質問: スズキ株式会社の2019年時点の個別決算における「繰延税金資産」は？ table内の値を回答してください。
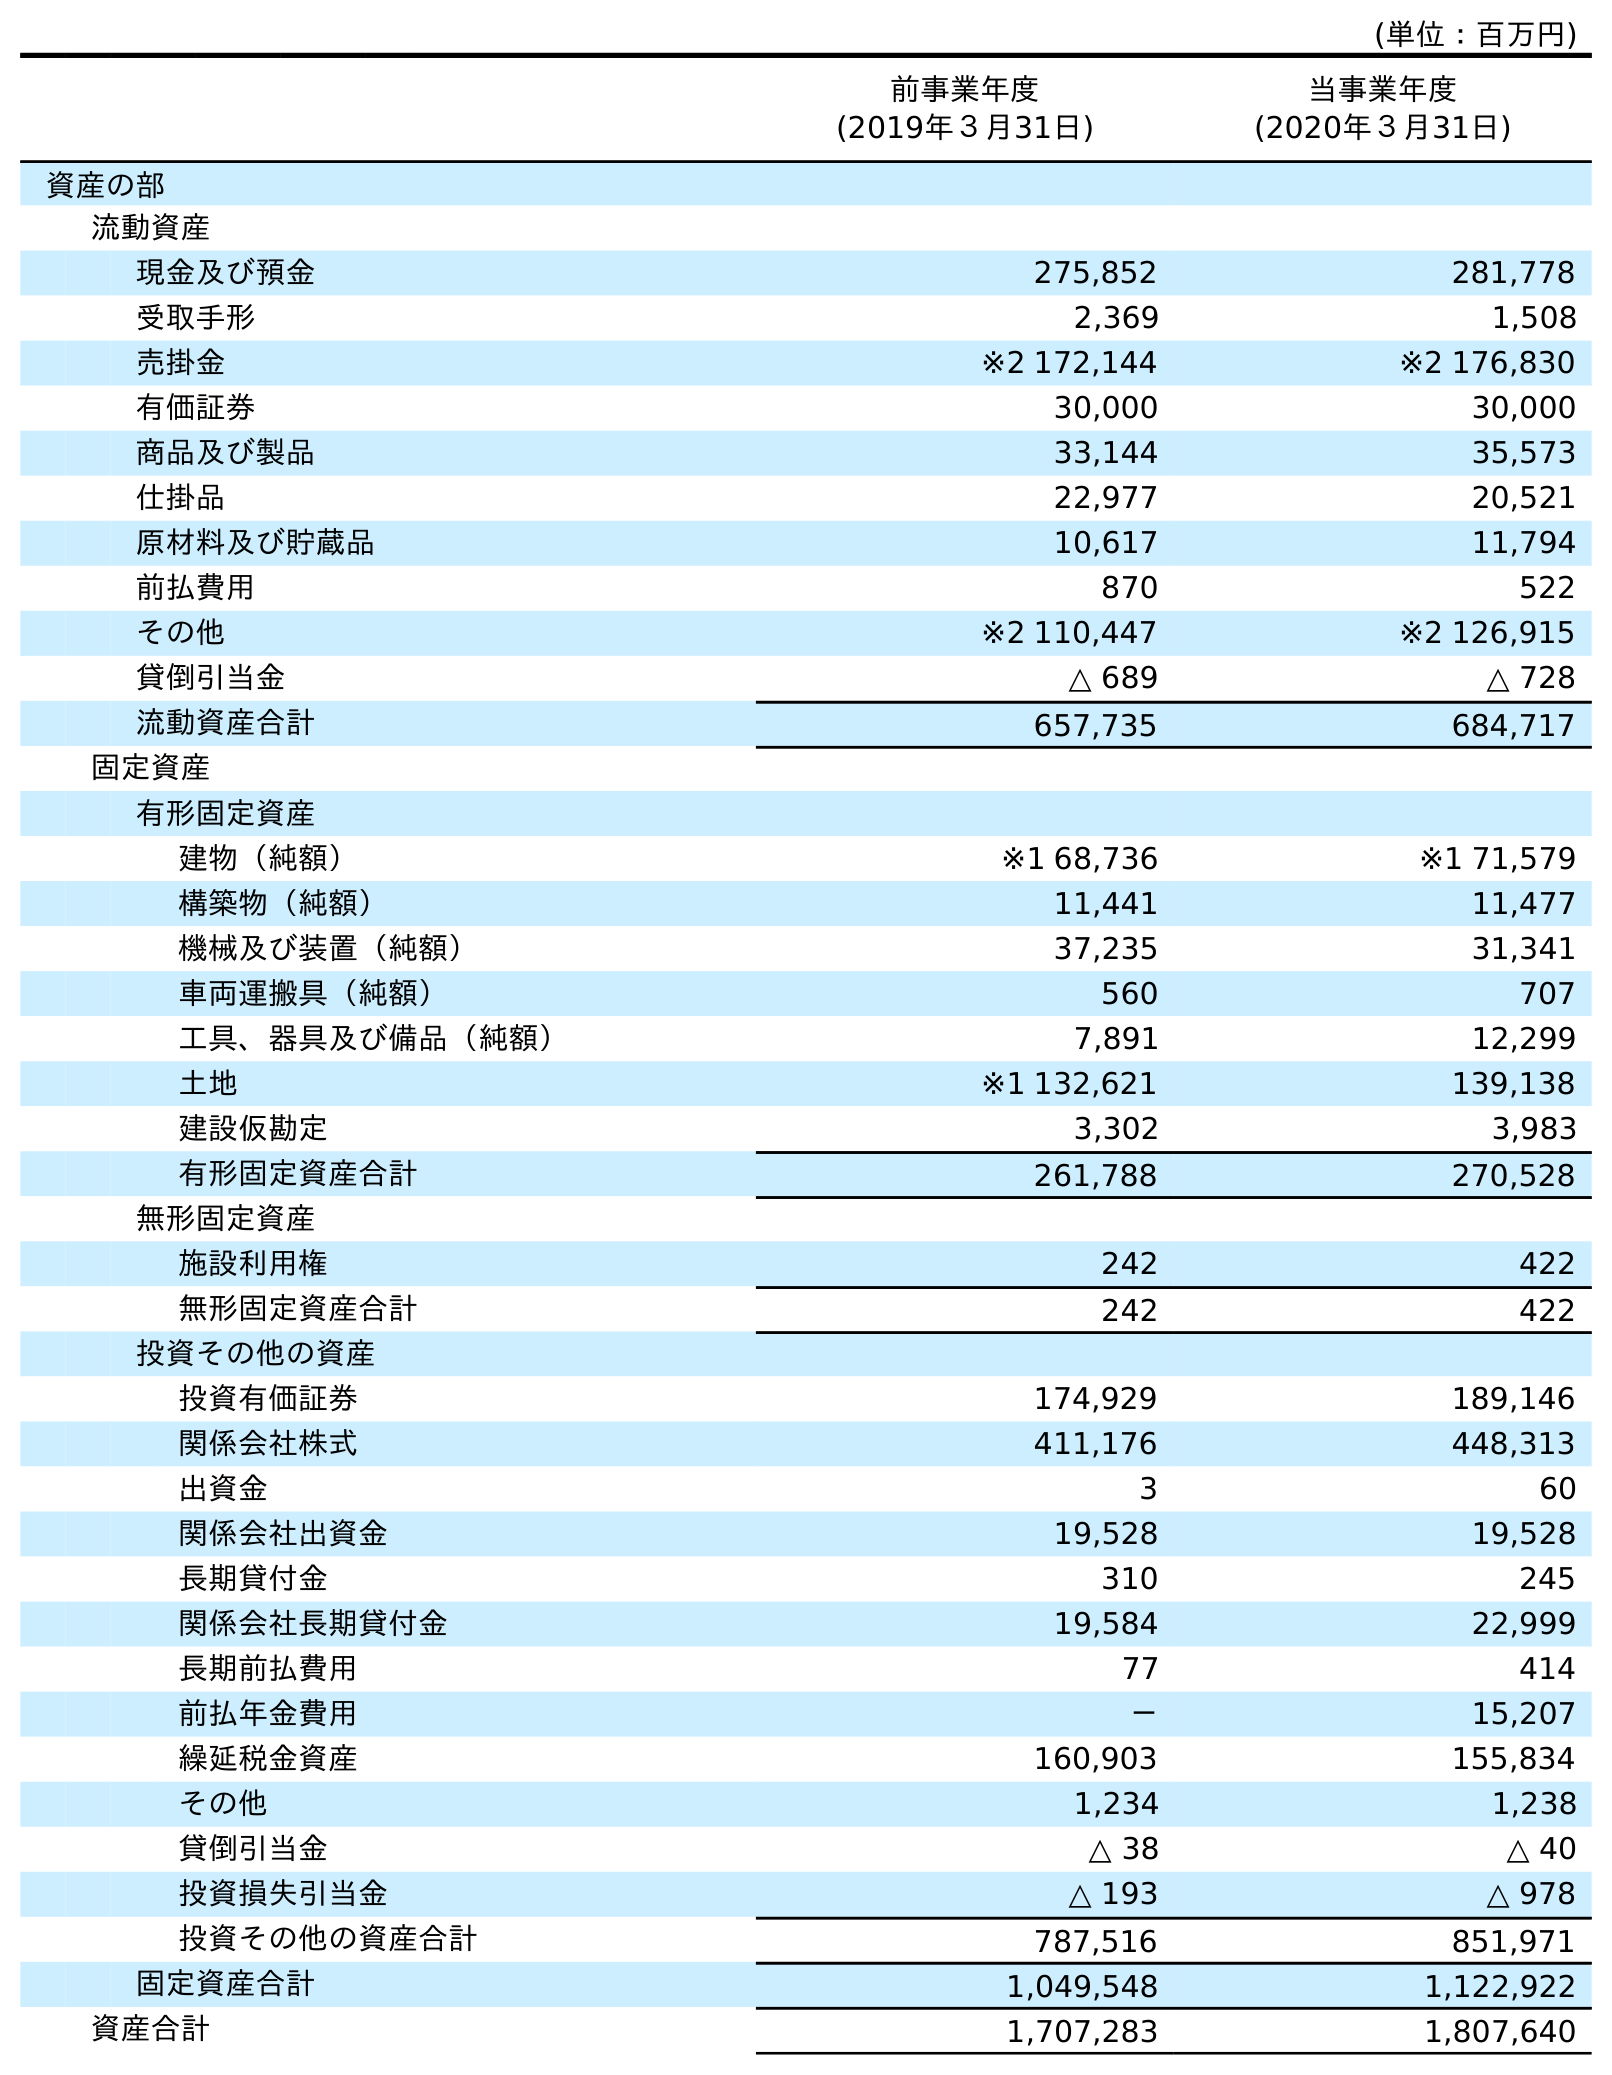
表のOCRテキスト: (単位：百万円) 前事業年度 (2019年３月31日) 当事業年度 (2020年３月31日) 資産の部 流動資産 現金及び預金 275,852 281,778 受取手形 2,369 1,508 売掛金 ※2 172,144 ※2 176,830 有価証券 30,000 30,000 商品及び製品 33,144 35,573 仕掛品 22,977 20,521 原材料及び貯蔵品 10,617 11,794 前払費用 870 522 その他 ※2 110,447 ※2 126,915 貸倒引当金 △ 689 △ 728 流動資産合計 657,735 684,717 固定資産 有形固定資産 建物（純額） ※1 68,736 ※1 71,579 構築物（純額） 11,441 11,477 機械及び装置（純額） 37,235 31,341 車両運搬具（純額） 560 707 工具、器具及び備品（純額） 7,891 12,299 土地 ※1 132,621 139,138 建設仮勘定 3,302 3,983 有形固定資産合計 261,788 270,528 無形固定資産 施設利用権 242 422 無形固定資産合計 242 422 投資その他の資産 投資有価証券 174,929 189,146 関係会社株式 411,176 448,313 出資金 3 60 関係会社出資金 19,528 19,528 長期貸付金 310 245 関係会社長期貸付金 19,584 22,999 長期前払費用 77 414 前払年金費用 － 15,207 繰延税金資産 160,903 155,834 その他 1,234 1,238 貸倒引当金 △ 38 △ 40 投資損失引当金 △ 193 △ 978 投資その他の資産合計 787,516 851,971 固定資産合計 1,049,548 1,122,922 資産合計 1,707,283 1,807,640
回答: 160,903